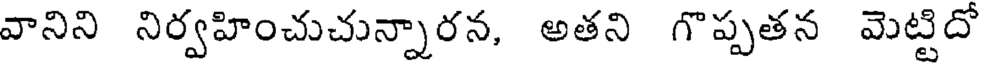
వానిని నిర్వహించుచున్నారన, అతని గొప్పతన మెట్టిదో